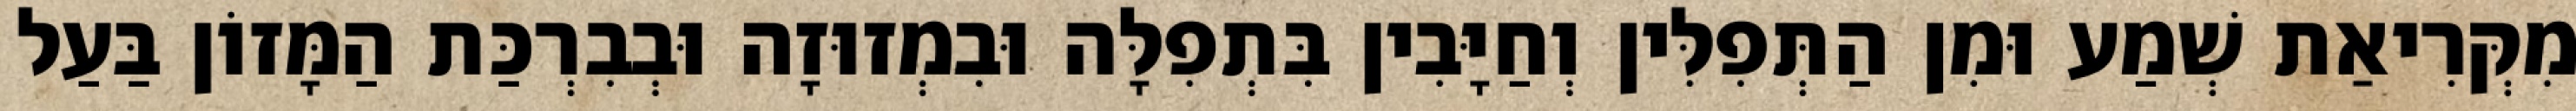
מִקְּרִיאַת שְׁמַע וּמִן הַתְּפִלִּין וְחַיָּבִין בִּתְפִלָּה וּבִמְזוּזָה וּבְבִרְכַּת הַמָּזוֹן בַּעַל